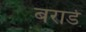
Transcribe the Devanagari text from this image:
बरार्ड